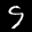
Label: 9